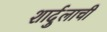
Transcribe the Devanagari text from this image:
शार्दुलाची